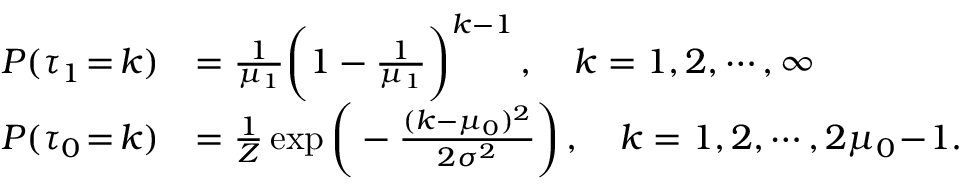
\begin{array} { r l } { P ( \tau _ { 1 } \! = \! k ) } & { = \frac { 1 } { \mu _ { 1 } } \bigg ( 1 - \frac { 1 } { \mu _ { 1 } } \bigg ) ^ { k - 1 } \, , \quad k = 1 , 2 , \cdots , \infty } \\ { P ( \tau _ { 0 } \! = \! k ) } & { = \frac { 1 } { Z } \exp \bigg ( - \frac { ( k - \mu _ { 0 } ) ^ { 2 } } { 2 \sigma ^ { 2 } } \bigg ) \, , \quad k = 1 , 2 , \cdots , 2 \mu _ { 0 } \! - \! 1 . } \end{array}